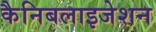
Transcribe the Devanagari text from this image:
कैनिबलाइजेशन